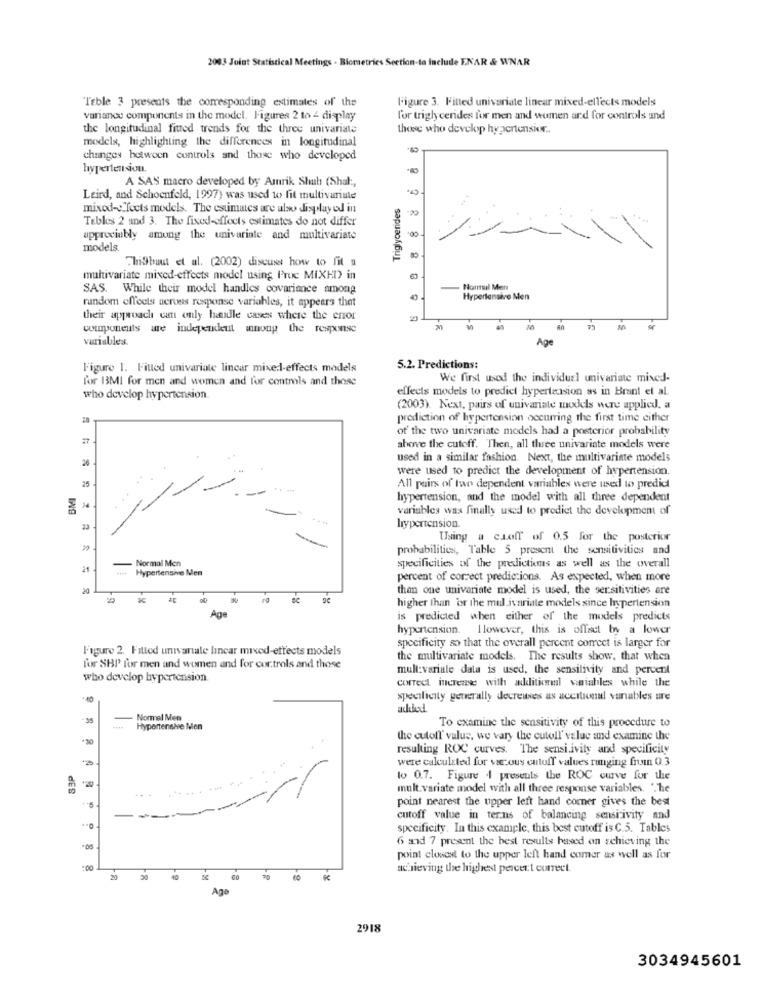
2003 Joint Statistical Meetings - Biometrics Section-to Include ENAR & WNAR
"Teble 3 presents the corresponding estimates of the
l'igure 3. F'itted univariate linear mixed-ell'ects models
variance components in the model. Figures 2 to 4 display
for triglycerides for men and women and for controls und
the longitudinal fitted trends for the three univariate
those who develop hypertenskr ..
models, highlighting the differences in longitudinal
changes between controls and those who developed
hypertension.
A SAS macro developed by Amrik Shub (Shal :,
Leird, and Schoenfeld, 1997) was used to fit multivariule
Triglycerides
mixed- Toets models. The estimates are also displayed in
Tables 2 and 3. The fixed-effects estimates do not differ
appreciably among the univariate and multivariate
models.
hi9buut et al. (2002) discuss how to fit #
multivariate mixed-effects model using Proc MIXHD in
SAS. While their model handles covariance among
Normal Men
random effeels ueruss response variables, it appears that
Hypertensare Men
their approach can only handle cases where the error
components are independent mnong the response
77
variables.
Ape
l'igure 1. Fitted univariate linear mixed-effects models
5.2. Predictions:
for 13MI for men and women and for controls and those
We first used the individual univariate mixed-
effects models to predict hypertension as in Brant et al.
who develop hypertension.
(2003). Next, pairs of univariate models were applied. a
28
prediction of hypertension occurring the first time either
of the two univariate medels had a posterior probability
above the cutoff. Then, all three univariate models were
used in a similar fashion. Next, the multivariate models
were used to predict the development of hypertension.
BMI
25
All pairs of two dependent variables were used to predict
hypertension, and the model with all three dependent
variables was finally used to predict the development of
hypertension.
Using a cioff of 0.5 for the posterior
probabilities, Table 5 present the sensitivities and
-
Normal Mon
21
Hypertensive Men
specificities of the predictions as well as the overall
percent of correct predictions. As expected, when more
20
than one univariate model is used, the sersitivities are
higher than or the mul ivariate models since hypertension
Age
is predicted when either of the models predicts
hypertension. H lowever, this is offset by a lower
Figure 2. Fitted univariate hincar mixed-ettects models
specificity so that the overall percent correct is larger for
the multivariate models. The results show, that when
for SBP for men and women and for controls and those
mull:variale dala is used, the sensitivity and percent
who develop hypertension.
correct increase with additional wwiables while the
specificity generally decreuses as accitional varables ure
35
-
Normal Men
Hypertensive Men
To examine the sensitivity of this procedure to
the cutoll' valus, we vary the cutall' value and examine the
resulting ROC curves. The sensi.ivity and specificity
were calculated for vous cutoff values ranging from 0.3
20
lo 0.7. Figure | presents the ROC curve for the
dES
mult.variate model with all three response variables. ".he
point nearest the upper left hand comer gives the best
cutoff value in terms of balancing sensitivity and
specificity. In this example, this best cutoff is C.5. Tables
6 and 7 present the best results based on schieving the
point closest to the upper left hand comer as well as for
:00
achieving the highest percert correct.
Ago
2918
3034945601